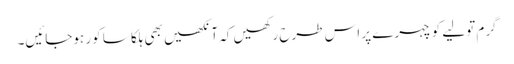
گرم تولیے کو چہرے پر اس طرح رکھیں کہ آنکھیں بھی ہلکا سا کور ہوجائیں۔